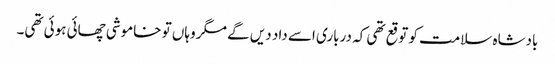
بادشاہ سلامت کو توقع تھی کہ درباری اسے داد دیں گے مگر وہاں تو خاموشی چھائی ہوئی تھی۔